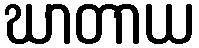
ဃာတာယ